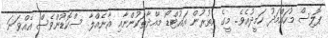
ޕޮލިސް މުހައްމަދު ހަމީދުއެވެ. މީގެ އިތުރުން އައުޓްޑޯ މާއްދާތަކުންނާއި އާނެއްލާ ސްކޮޑުންވެސް އެއްވަނަ